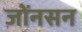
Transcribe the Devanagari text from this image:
जोंनसन